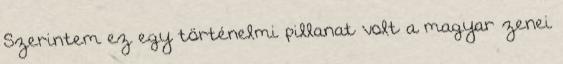
Szerintem ez egy történelmi pillanat volt a magyar zenei